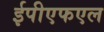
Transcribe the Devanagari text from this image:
ईपीएफएल